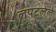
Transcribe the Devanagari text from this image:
लपटलेले